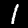
Label: 1